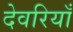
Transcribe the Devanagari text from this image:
देवरियाँ